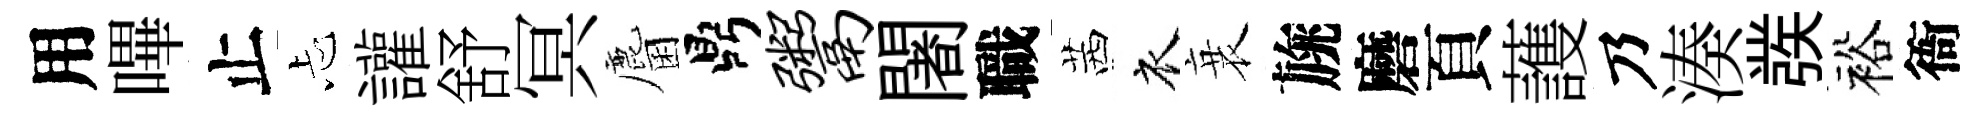
用嗶止忐讙舒冥麕鼎鬻闍職茜衣衰旐磨頁䕶乃湊彂裕衙